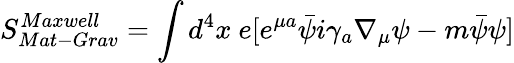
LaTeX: S_{Mat-Grav}^{Maxwell}=\int d^{4}x\ e[e^{\mu a}\bar{\psi}i\gamma_{a}\nabla_{\mu}\psi-m\bar{\psi}\psi]